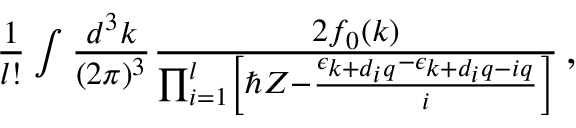
\begin{array} { r } { \frac { 1 } { l ! } \int \frac { d ^ { 3 } k } { ( 2 \pi ) ^ { 3 } } \frac { 2 f _ { 0 } ( \boldsymbol { k } ) } { \prod _ { i = 1 } ^ { l } \left[ \hbar { Z } - \frac { \epsilon _ { \boldsymbol { k } + d _ { i } \boldsymbol { q } } - \epsilon _ { \boldsymbol { k } + d _ { i } \boldsymbol { q } - i \boldsymbol { q } } } { i } \right] } \, , } \end{array}